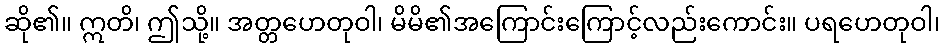
ဆို၏။ ဣတိ၊ ဤသို့။ အတ္တဟေတုဝါ၊ မိမိ၏အကြောင်းကြောင့်လည်းကောင်း။ ပရဟေတုဝါ၊